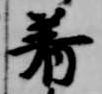
着